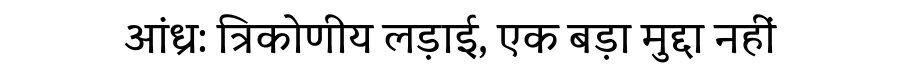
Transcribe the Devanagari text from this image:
आंध्र: त्रिकोणीय लड़ाई, एक बड़ा मुद्दा नहीं